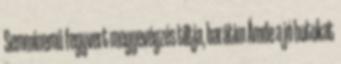
Semminemű fegyvert megyevégzés tiltja, barátim Ámde a jó botokat